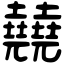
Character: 㚁